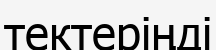
тектеріңді